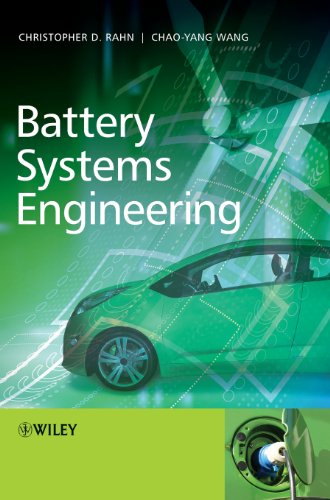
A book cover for Battery Systems Engineering; Christopher D. Rahn; Engineering & Transportation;